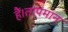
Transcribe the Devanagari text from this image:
हैं।तापमान